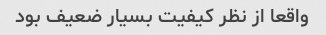
واقعا از نظر کیفیت بسیار ضعیف بود